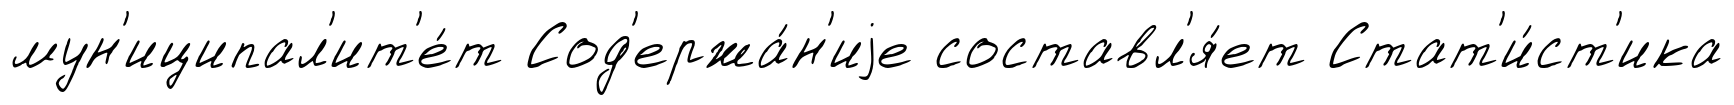
мун'иципал'ит'е́т Сод'ержа́н'иjе составл'я́ет Стат'и́ст'ика